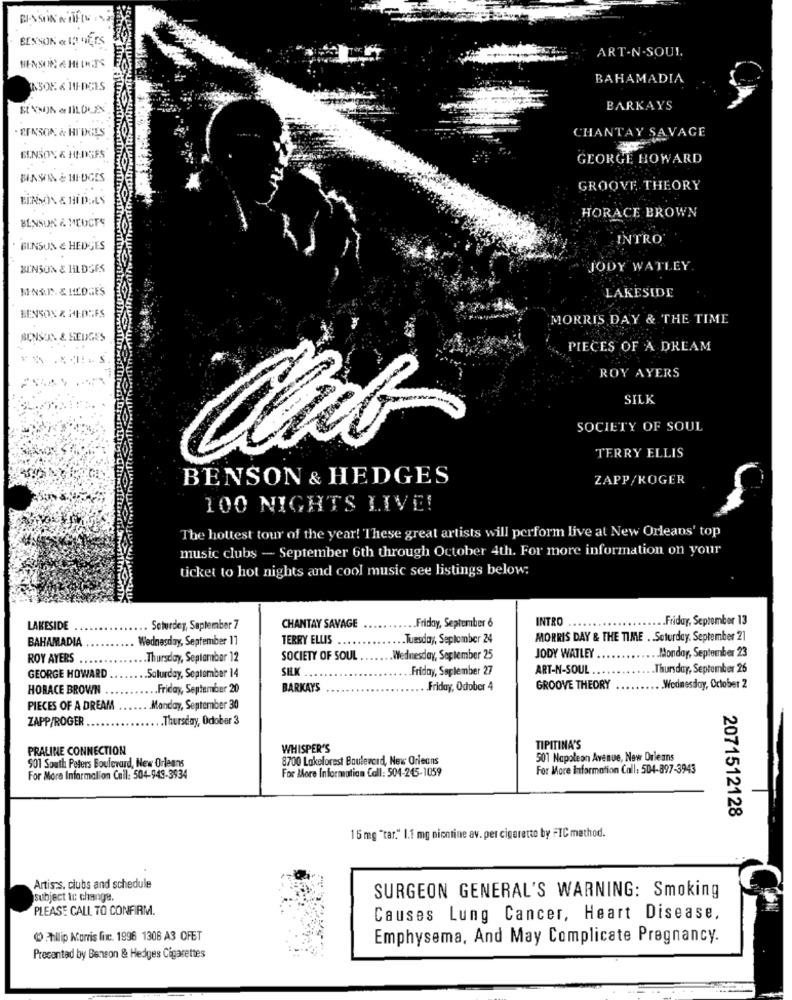
ART-N .SOUI.
HENSON & HELHATS
BAHAMADIA
BARKAYS
CHANTAY SAVAGE
· SEASON & HI'DGES
GEORGE HOWARD
BINSIN & MI-OGES
GROOVE THEORY
HORACE BROWN
BENSON & MEDCES
INTRO
BENSON & HEDGES
BENSON & HLDSES
JODY WATLEY.
MINSI .. & HEDGES
LAKESIDE
BENSON & HEDEFS
MORRIS DAY & THE TIME
BENSON & HEDGES
PIECES OF A DREAM
ROY AYERS
SILK
SOCIETY OF SOUL
TERRY ELLIS
BENSON & HEDGES
ZAPP/KOGER
100 NIGHTS LIVE!
The hottest tour of the year! These great artists will perform live at New Orleans' top
music clubs - September 6th through October 4th. For more information on your
ticket to hot nights and cool music see listings below:
INTRO
... Friday, September 13
LAKESIDE
.. Saturday, September 7
CHANTAY SAVAGE
... Friday, September 6
BAHAMADIA
Wednesday, September 11
TERRY ELLIS
.Tuesday, Seplomber 24
MORRIS DAY & THE TIME .. Saturday, September 21
ROY AYERS
.Thursday, September 12
SOCIETY OF SOUL
Wednesday, September 25
JODY WATLEY .
.Monday, September 23
SILK
.Friday, September 27
ART-N-SOUL ..
Thursday, September 26
GEORGE HOWARD .
.Saturday, September 14
HORACE BROWN
.. Friday, September 20
BARKAYS
Friday, Odober 4
GROOVE THEORY
Wednesday, October 2
PIECES OF A DREAM
Monday, September 30
ZAPP/ROGER
.Thursday, Odober 3
PRALINE CONNECTION
WHISPER'S
TIPITINA'S
901 South Peters Boulevard, New Orleans
8700 Lakeforest Boulevard, New Orleans
501 Napoleon Avenue, New Orleans
For More Information Call: 504-245-1059
For More Information Call: 504-897-3943
For More Information Call: 504-949-3934
2071512128
15 mg "tar." I.1 mg nicotine av. per cigarette by FTC method.
Artists, clubs and schedule
subject to change
SURGEON GENERAL'S WARNING: Smoking
PLEASE CALL TO CONFIRM.
Causes Lung Cancer, Heart Disease,
1) Philip Morris fic. 1996 1308 A3 OFET
Emphysema, And May Complicate Pregnancy.
Procanted by Benson & Hedges Cigarettes